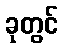
ခုတွင်